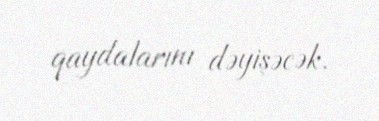
qaydalarını dəyişəcək.